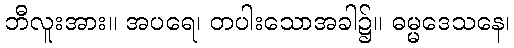
ဘီလူးအား။ အပရေ၊ တပါးသောအခါ၌။ ဓမ္မဒေသနေ၊